342_HS1-416511228_319.1 Flying Discs 1949
Agency: Department of War
Incident date: 1/9/50
Page 57
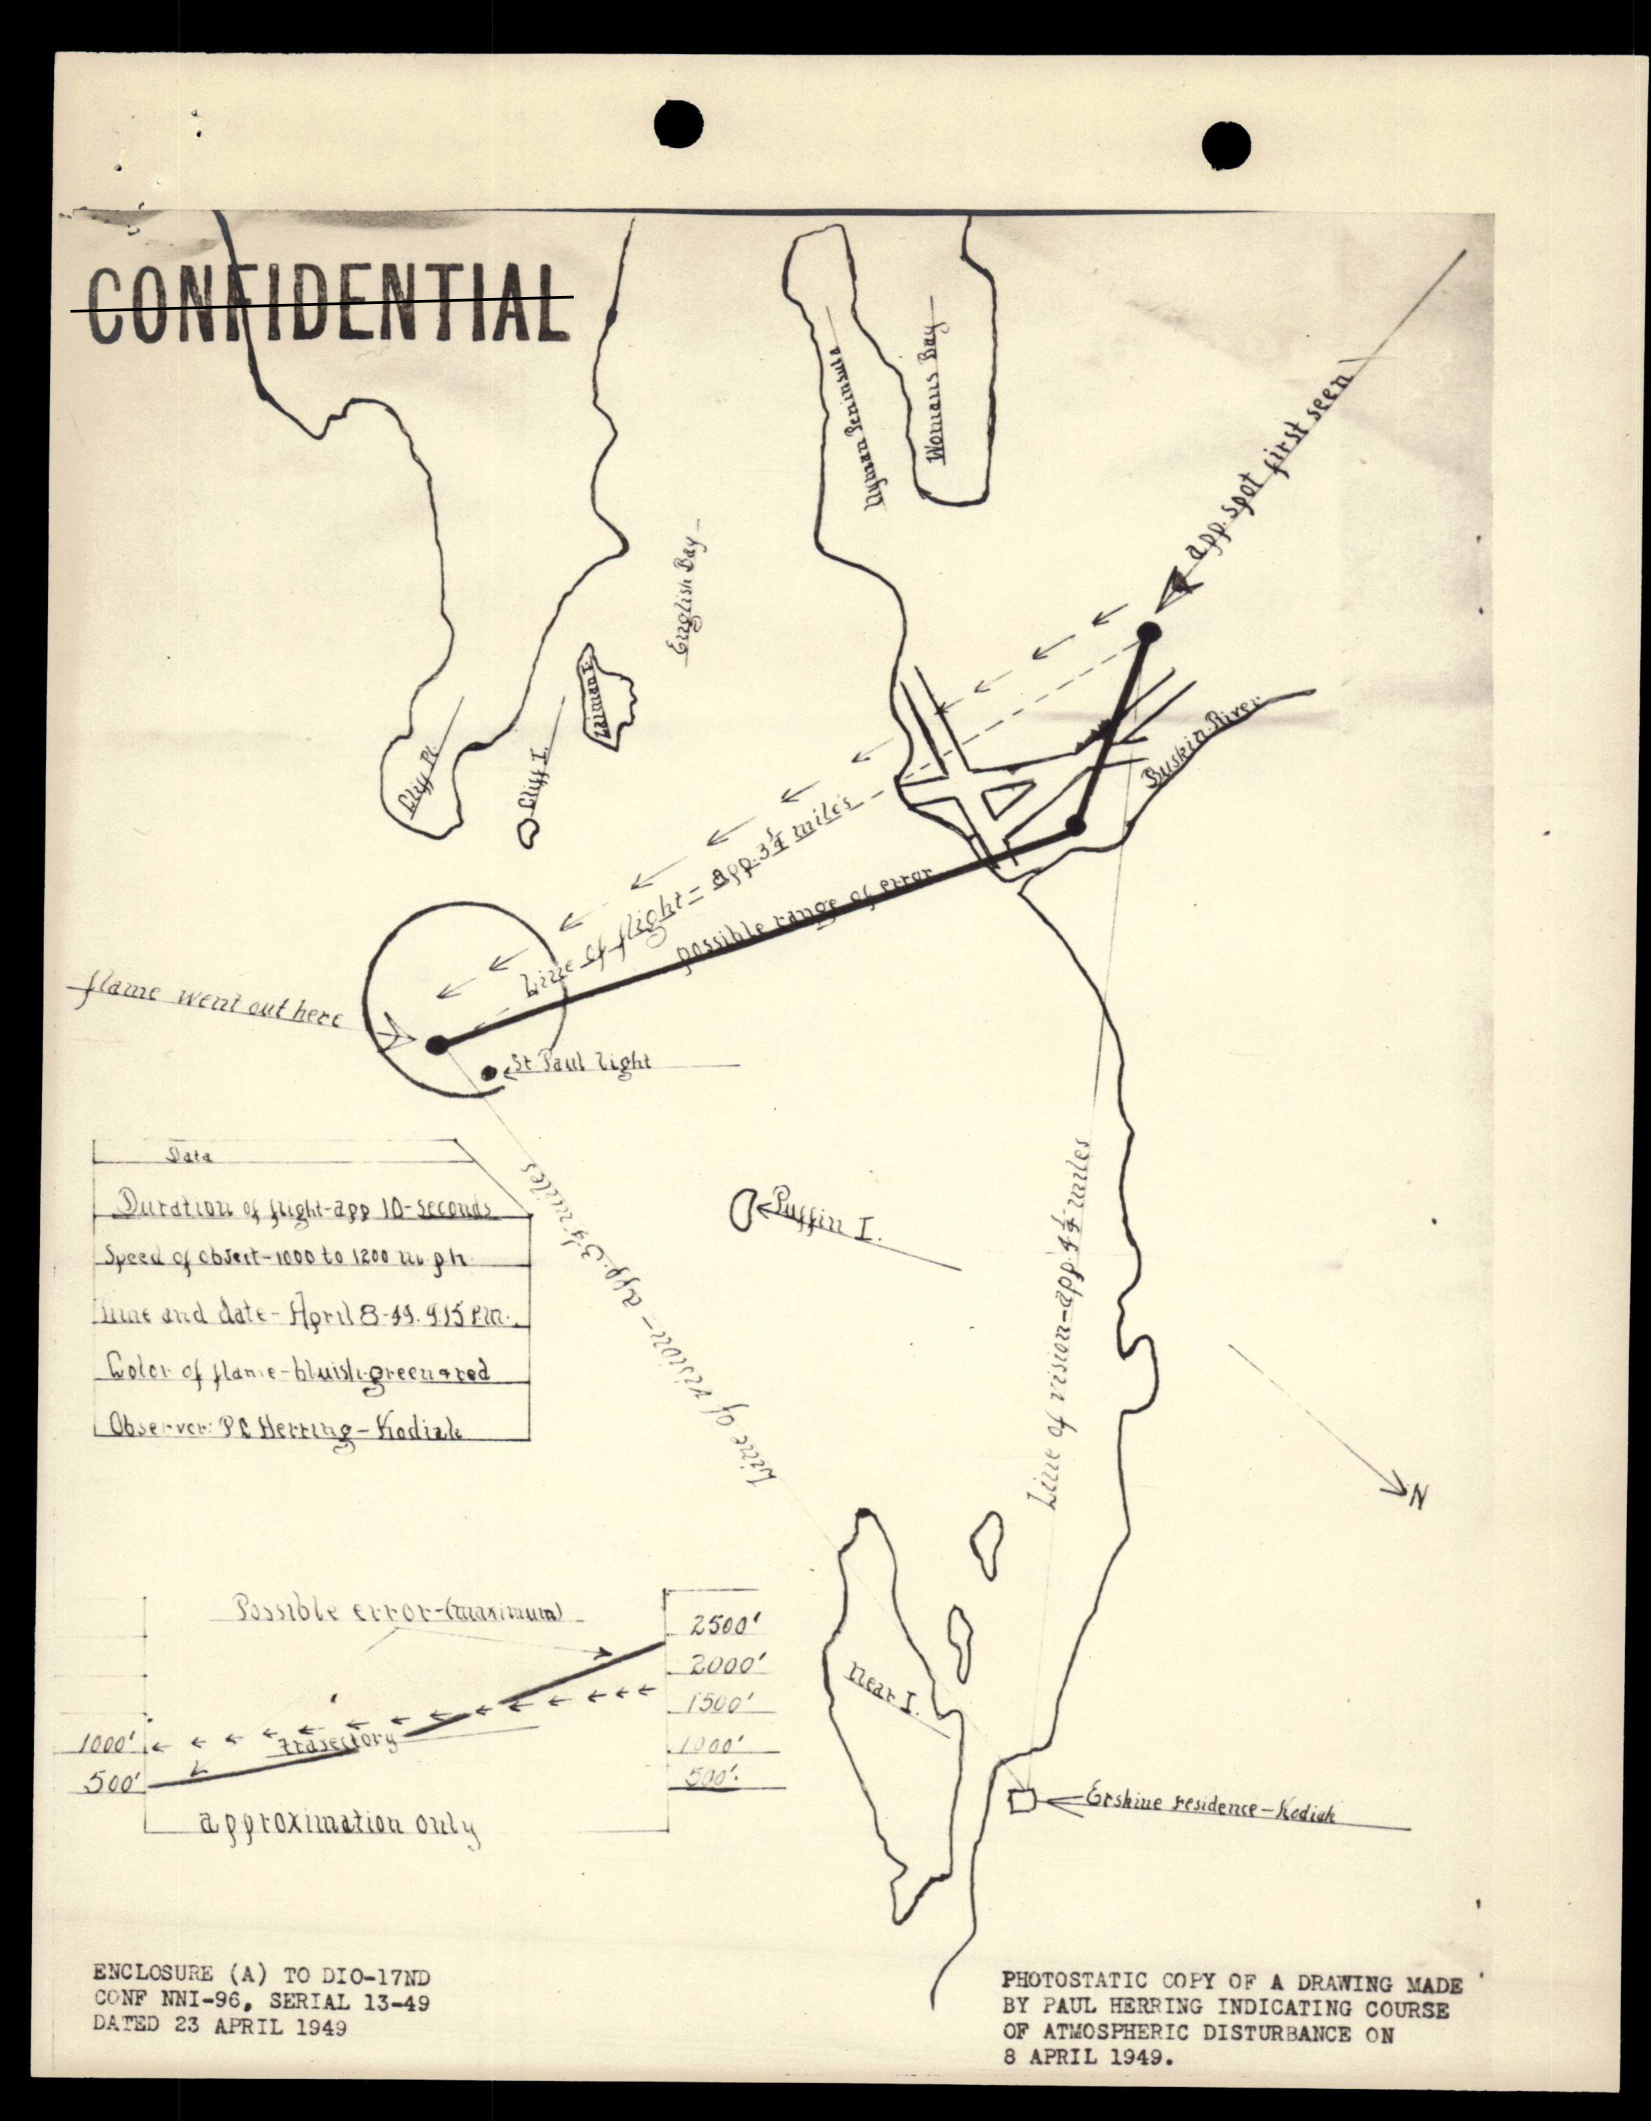